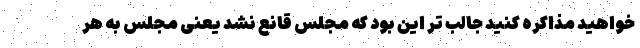
خواهید مذاکره کنید جالب تر این بود که مجلس قانع نشد یعنی مجلس به هر